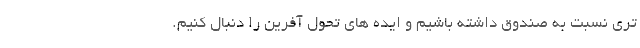
تری نسبت به صندوق داشته باشیم و ایده های تحول آفرین را دنبال کنیم.